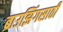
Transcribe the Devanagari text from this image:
ब्राउझिंगसाठी